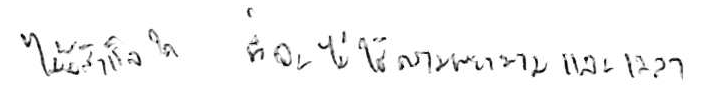
ไม่มีความสำเร็จใด ที่จะไม่ใช้ความพยายามและเวลา